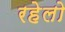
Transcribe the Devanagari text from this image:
रहेलो